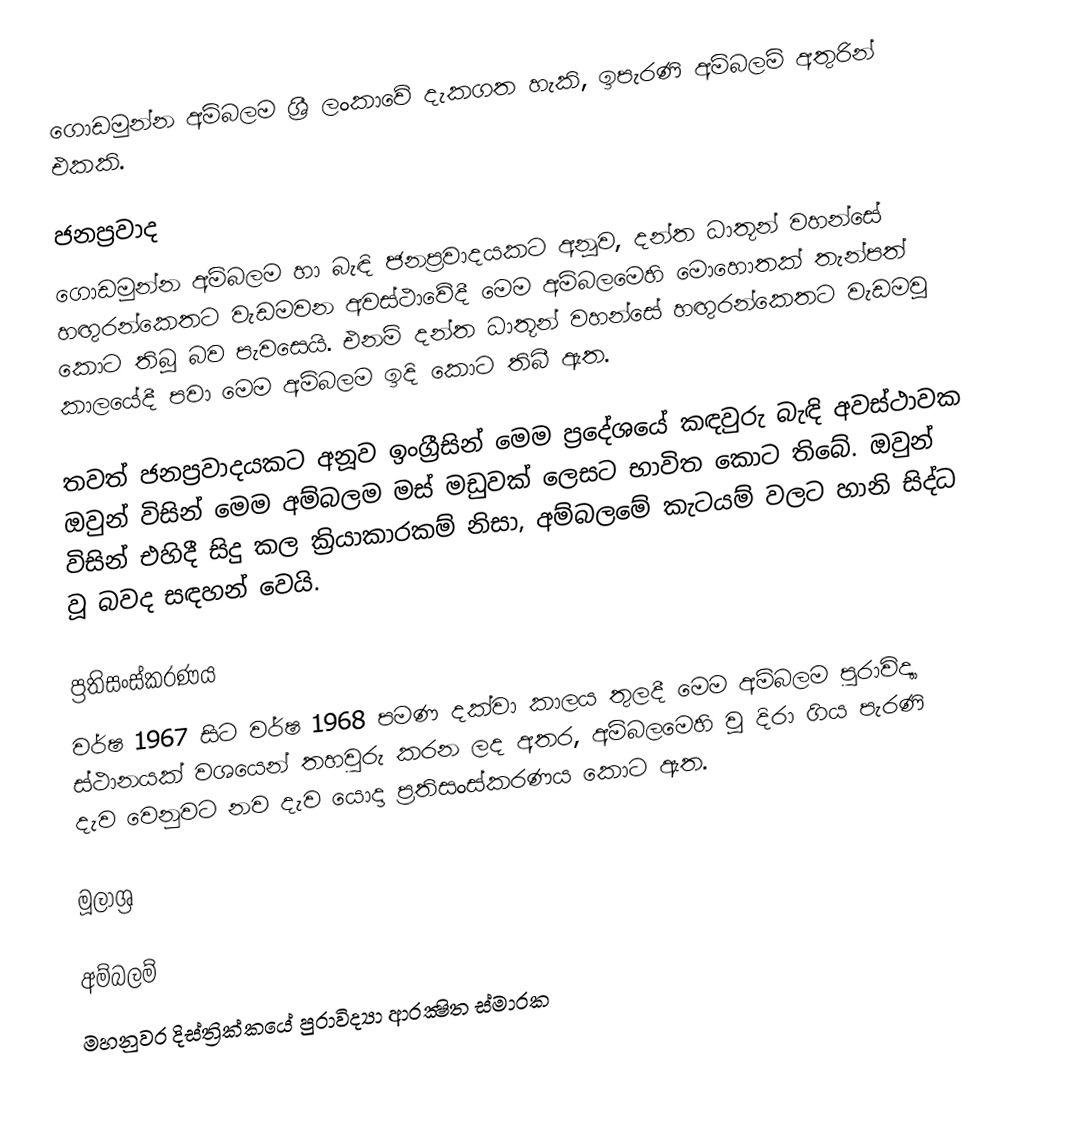
ගොඩමුන්න අම්බලම ශ්‍රී ලංකාවේ දැකගත හැකි, ඉපැරණි අම්බලම් අතුරින් එකකි.

ජනප්‍රවාද
ගොඩමුන්න අම්බලම හා බැඳි ජනප්‍රවාදයකට අනූව, දන්ත ධාතූන් වහන්සේ හඟුරන්කෙතට වැඩමවන අවස්ථාවේදී මෙම අම්බලමෙහි මොහොතක් තැන්පත් කොට තිබූ බව පැවසෙයි. එනම් දන්ත ධාතූන් වහන්සේ හඟුරන්කෙතට වැඩමවූ කාලයේදී පවා මෙම අම්බලම ඉදි කොට තිබී ඇත.

තවත් ජනප්‍රවාදයකට අනූව ඉංග්‍රීසින් මෙම ප්‍රදේශයේ කඳවුරු බැඳි අවස්ථාවක ඔවුන් විසින් මෙම අම්බලම මස් මඩුවක් ලෙසට භාවිත කොට තිබේ. ඔවුන් විසින් එහිදී සිදු කල ක්‍රියාකාරකම් නිසා, අම්බලමේ කැටයම් වලට හානි සිද්ධ වූ බවද සඳහන් වෙයි.

ප්‍රතිසංස්කරණය
වර්ෂ 1967 සිට වර්ෂ 1968 පමණ දක්වා කාලය තුලදී මෙම අම්බලම පුරාවිද්‍යා ස්ථානයක් වශයෙන් තහවුරු කරන ලද අතර, අම්බලමෙහි වූ  දිරා ගිය පැරණි දැව වෙනුවට නව දැව යොදා ප්‍රතිසංස්කරණය කොට ඇත.

මූලාශ්‍ර

අම්බලම්
මහනුවර දිස්ත්‍රික්කයේ පුරාවිද්‍යා ආරක්‍ෂිත ස්මාරක‎